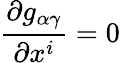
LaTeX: \frac{\partial g_{\alpha\gamma}}{\partial x^{i}}=0